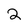
Character: 2